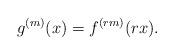
LaTeX: \begin{align*}g^{(m)}(x)=f^{(rm)}(rx).\end{align*}